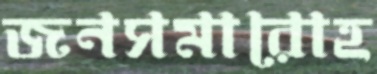
জনসমারোহ